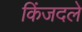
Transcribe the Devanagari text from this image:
किंजदले